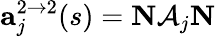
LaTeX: {\mathbf a}_{j}^{2\rightarrow 2}(s)={\mathbf N}{\cal A}_{j}{\mathbf N}